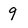
Character: 9